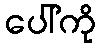
ပေါ်ကို